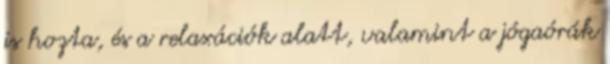
is hozta, és a relaxációk alatt, valamint a jógaórák